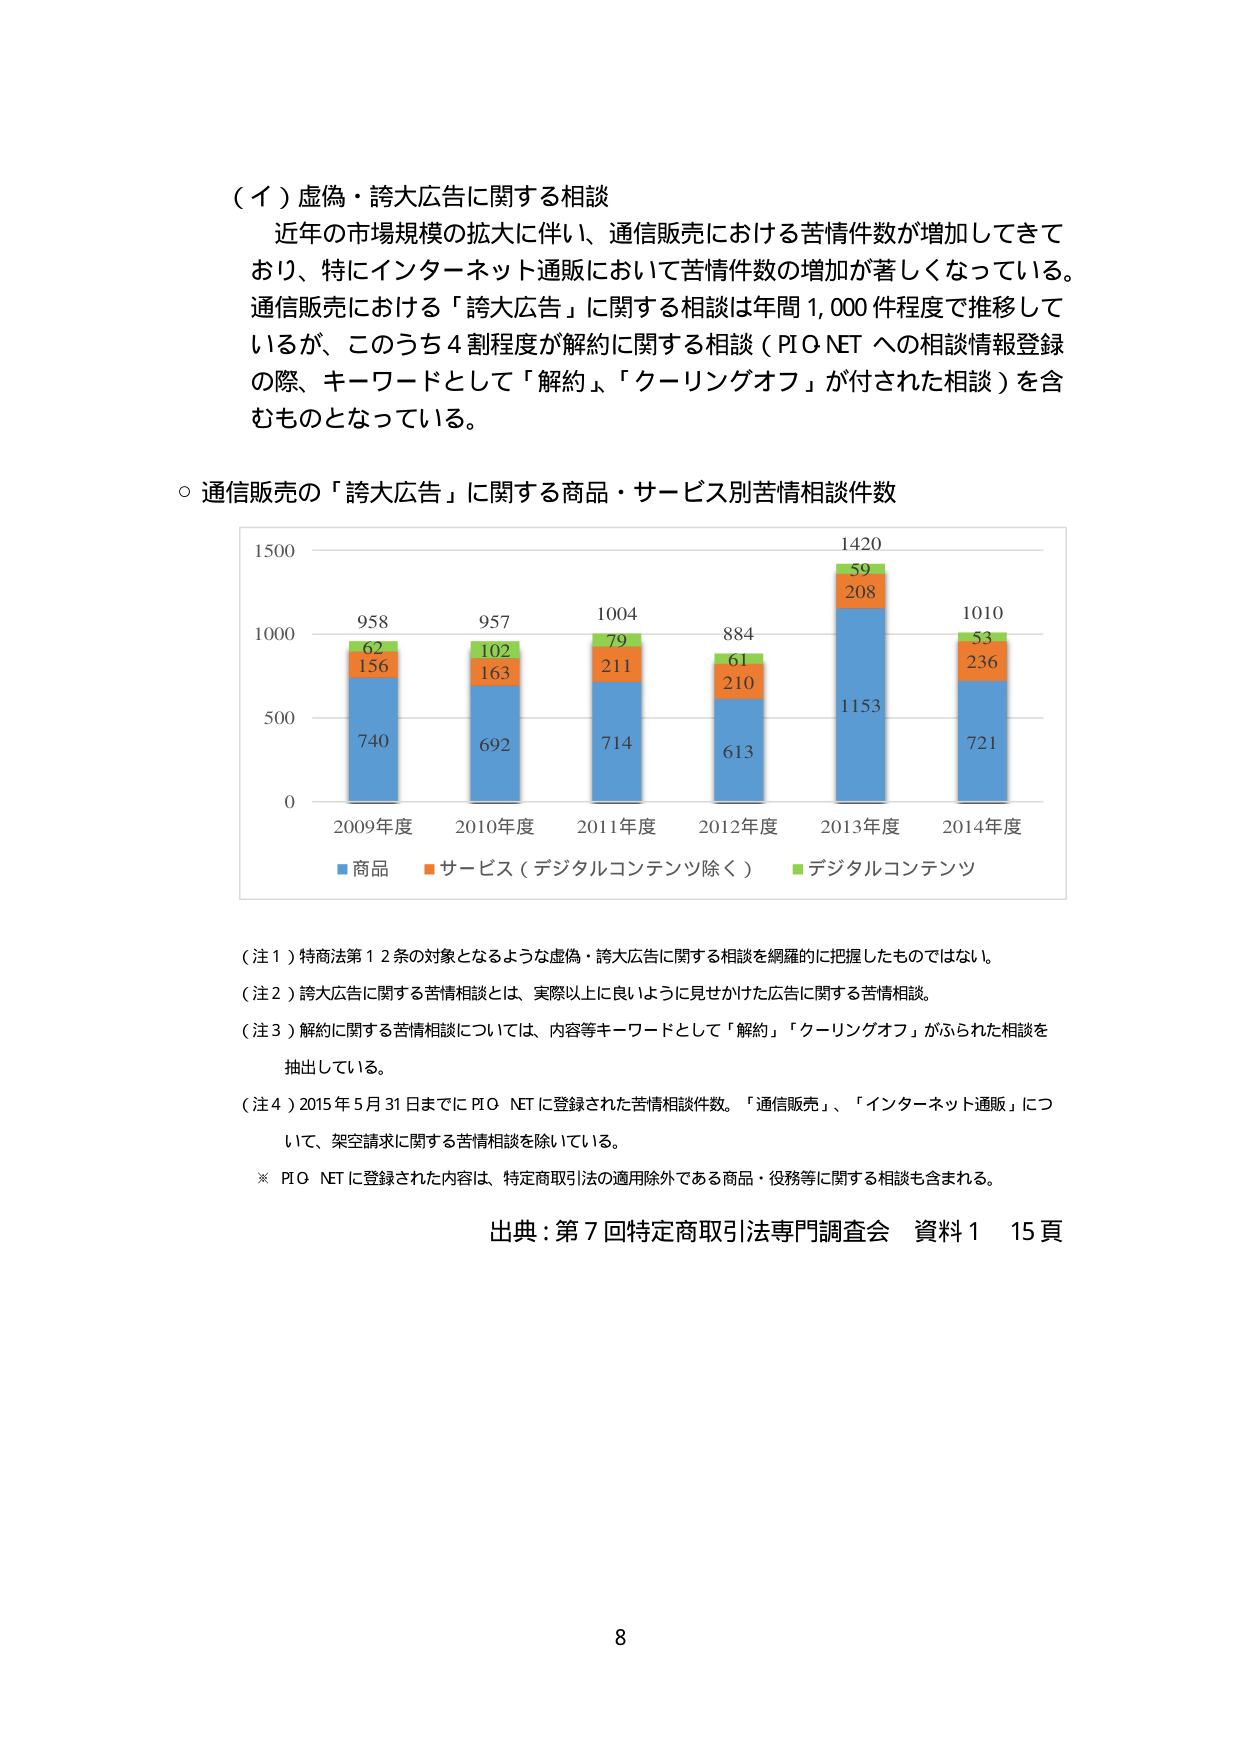
（イ）虚偽・誇大広告に関する相談
近年の市場規模の拡大に伴い、通信販売における苦情件数が増加してきており、特にインターネット通販において苦情件数の増加が著しくなっている。通信販売における「誇大広告」に関する相談は年間1,000件程度で推移しているが、このうち4割程度が解約に関する相談（PIQ NETへの相談情報登録の際、キーワードとして「解約」「クーリングオフ」が付された相談）を含むものとなっている。

○ 通信販売の「誇大広告」に関する商品・サービス別苦情相談件数

1500
1000
500
0

2009年度  2010年度  2011年度  2012年度  2013年度  2014年度

■商品
■サービス（デジタルコンテンツ除く）
■デジタルコンテンツ

958
62
156
740

957
102
163
692

1004
79
211
714

884
61
210
613

1420
59
208
1153

1010
53
236
721

（注1）特商法第12条の対象となるような虚偽・誇大広告に関する相談を網羅的に把握したものではない。
（注2）誇大広告に関する苦情相談とは、実際以上に良いように見せかけた広告に関する苦情相談。
（注3）解約に関する苦情相談については、内容等キーワードとして「解約」「クーリングオフ」がふられた相談を抽出している。
（注4）2015年5月31日までにPIQ NETに登録された苦情相談件数。「通信販売」「インターネット通販」について、架空請求に関する苦情相談を除いている。
※ PIQ NETに登録された内容は、特定商取引法の適用除外である商品・役務等に関する相談も含まれる。

出典：第7回特定商取引法専門調査会 資料1 15頁

8